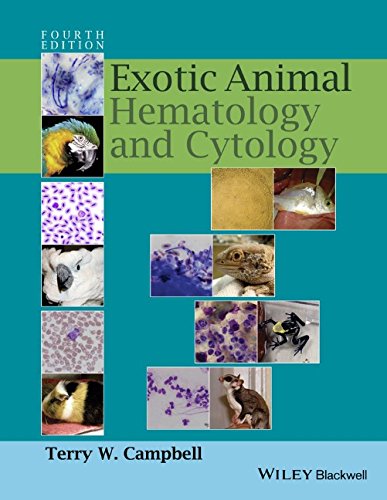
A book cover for Exotic Animal Hematology and Cytology; Terry W. Campbell; Medical Books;